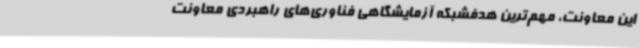
این معاونت، مهم‌ترین هدفشبکه آزمایشگاهی فناوری‌های راهبردی معاونت